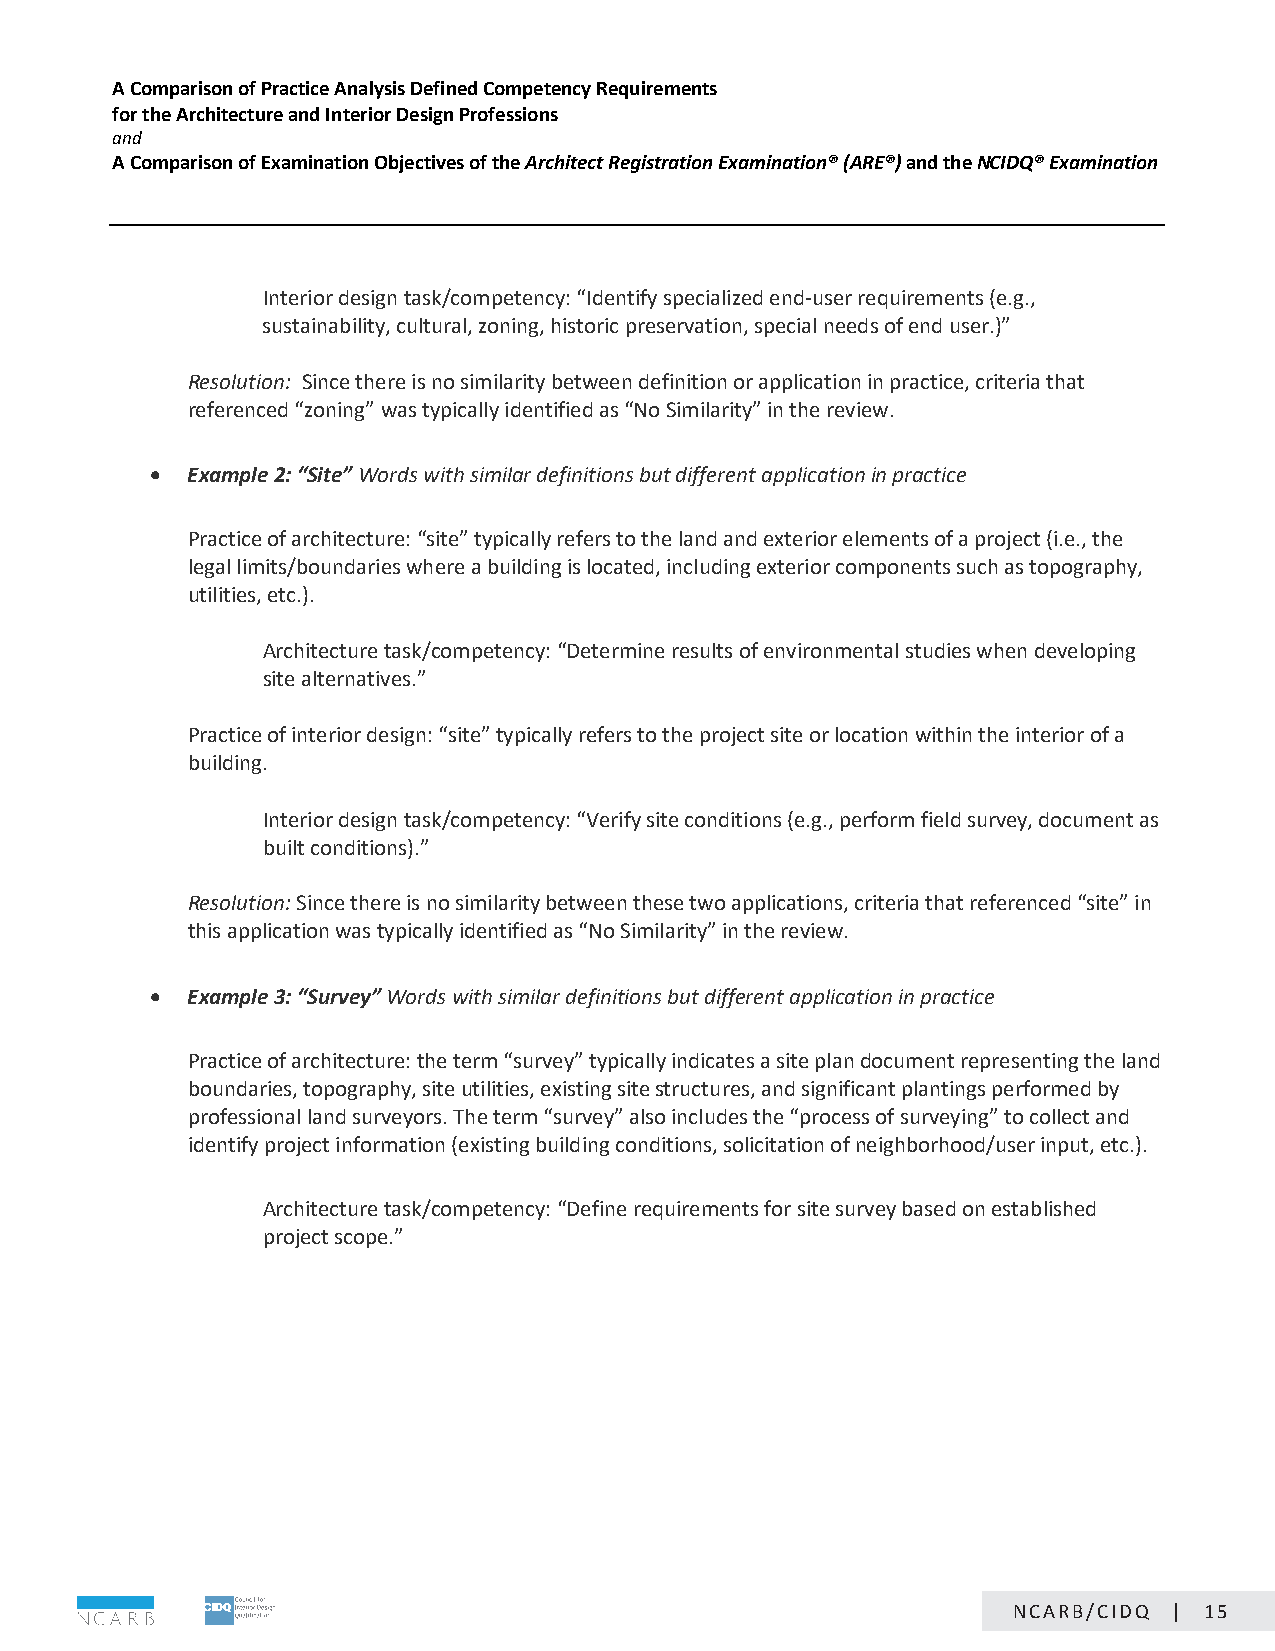
A Comparison of Practice Analysis Defined Competency Requirements
 for the Architecture and Interior Design Professions
 and
 A Comparison of Examination Objectives of the Architect Registration Examination® (ARE®) and the NCIDQ® Examination
 Interior design task/competency: “Identify specialized end-user requirements (e.g.,
 sustainability, cultural, zoning, historic preservation, special needs of end user.)”
 Resolution: Since there is no similarity between definition or application in practice, criteria that
 referenced “zoning” was typically identified as “No Similarity” in the review.
 • Example 2: “Site” Words with similar definitions but different application in practice
 Practice of architecture: “site” typically refers to the land and exterior elements of a project (i.e., the
 legal limits/boundaries where a building is located, including exterior components such as topography,
 utilities, etc.).
 Architecture task/competency: “Determine results of environmental studies when developing
 site alternatives.”
 Practice of interior design: “site” typically refers to the project site or location within the interior of a
 building.
 Interior design task/competency: “Verify site conditions (e.g., perform field survey, document as
 built conditions).”
 Resolution: Since there is no similarity between these two applications, criteria that referenced “site” in
 this application was typically identified as “No Similarity” in the review.
 • Example 3: “Survey” Words with similar definitions but different application in practice
 Practice of architecture: the term “survey” typically indicates a site plan document representing the land
 boundaries, topography, site utilities, existing site structures, and significant plantings performed by
 professional land surveyors. The term “survey” also includes the “process of surveying” to collect and
 identify project information (existing building conditions, solicitation of neighborhood/user input, etc.).
 Architecture task/competency: “Define requirements for site survey based on established
 project scope.”
 Page 15 of 24
 NCARB/CIDQ | 15